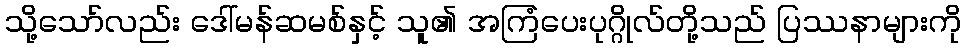
သို့သော်လည်း ဒေါ်မန်ဆမစ်နှင့် သူ၏ အကြံပေးပုဂ္ဂိုလ်တို့သည် ပြဿနာများကို